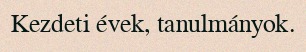
Kezdeti évek, tanulmányok.